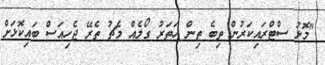
"މޮޅު ސްޓްރައިކަރުން ތިބެ ތިން ހަތަރު ގޯލެއް މެޗު ތެރޭ ޖެހިއަސް ބައިކޮޅަށް